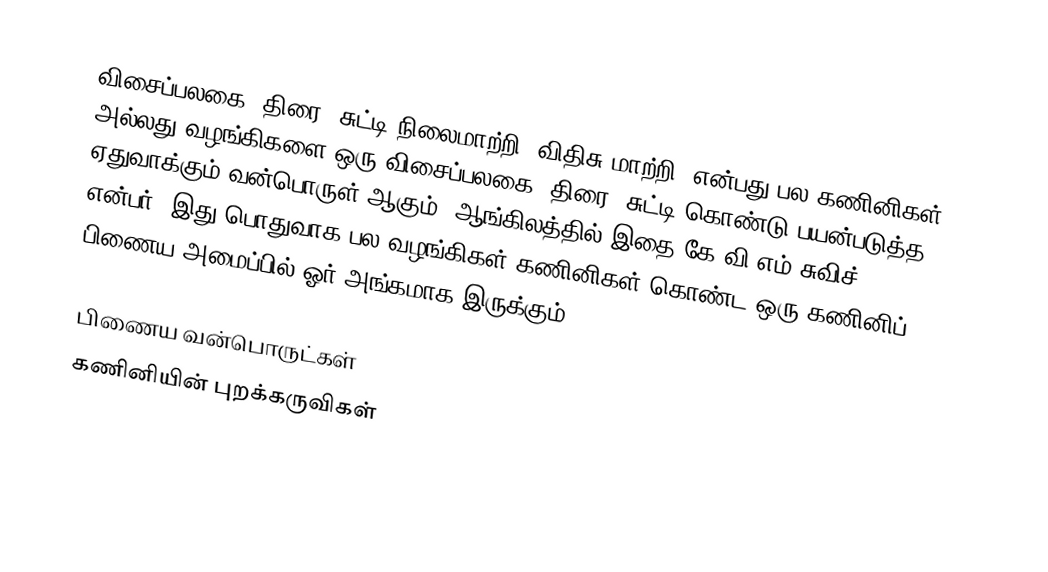
விசைப்பலகை, திரை, சுட்டி நிலைமாற்றி (விதிசு மாற்றி) என்பது பல கணினிகள் அல்லது வழங்கிகளை ஒரு விசைப்பலகை, திரை, சுட்டி கொண்டு பயன்படுத்த ஏதுவாக்கும் வன்பொருள் ஆகும். ஆங்கிலத்தில் இதை கே.வி.எம் சுவிச் (KVM Switch) என்பர். இது பொதுவாக பல வழங்கிகள் கணினிகள் கொண்ட ஒரு கணினிப் பிணைய அமைப்பில் ஓர் அங்கமாக இருக்கும்.

பிணைய வன்பொருட்கள்
கணினியின் புறக்கருவிகள்